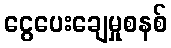
ငွေပေးချေမှုစနစ်